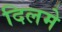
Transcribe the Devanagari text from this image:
दिलमे